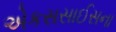
એકસસાઈસના